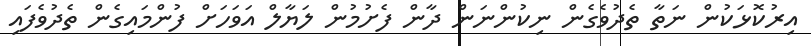
އިރުކޮޅަކުން ނަތާ ތެދުވެގެން ނިކުންނަން ދާން ފެށުމުން ލަޔާލް އަވަހަށް ފުންމައިގެން ތެދުވެފައި